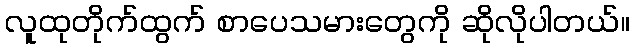
လူထုတိုက်ထွက် စာပေသမားတွေကို ဆိုလိုပါတယ်။